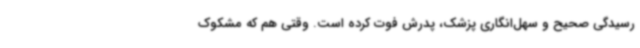
رسیدگی صحیح و سهل‌انگاری پزشک، پدرش فوت کرده است. وقتی هم که مشکوک